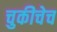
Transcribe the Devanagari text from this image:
चुकीचेच